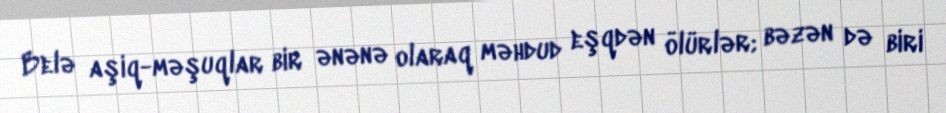
Belə aşiq-məşuqlar bir ənənə olaraq məhdud eşqdən ölürlər; bəzən də biri